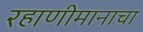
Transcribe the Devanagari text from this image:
रहाणीमानाचा